King Institute of Preventive Medicine Micro-Biological Section reports 1909-11
Year: 1909
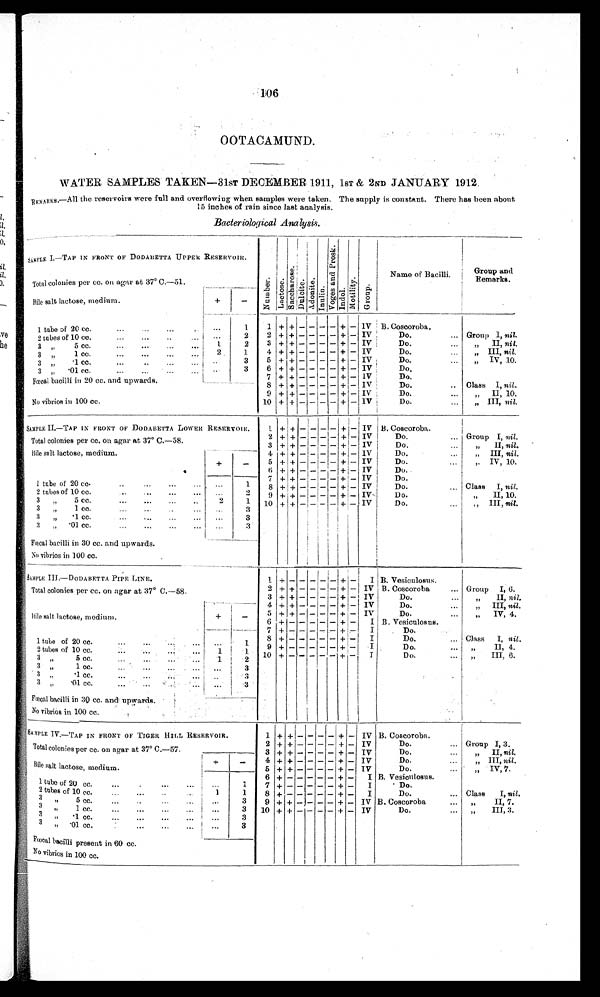
106
OOTACAMUND.
WATER SAMPLES TAKEN—31sT DECEMBER 1911, 1ST & 2ND JANUARY 1912.
REMARKS. —Al l t he r eser voi r s wer e f ul l and over f l owi ng when sampl es wer e t aken. The suppl y i s const ant . Ther e has been about
15 inches of rain since last analysis.
Bacteriological Analysis.
SAMPLE I.—TAP IN FRONT OF DODABETTA UPPER RESERVOIR.
N u m b e r .
L a c t o s e . Sa c c h a r o s e .
Du l c i t e .
A d o n i t e .
I n u l i n .
V o g e s a n d P r o a k .
Indol.
Mot i l i t y.
G r o u p .
Name of Bacilli.
Group and
Remarks.
Total colonies per cc. on agar at 37° C.—51.
Bile salt lactose, medium.
+
-
B. Coscoroba.
1 tube of 20 cc. . . .
. . .
1
1 + + - - - - + - IV
-
- IV
Do. . . .
Group I, nil.
- -
+
. . .
2
2 + + -
2 tubes of 10 co. . . .
3 + + - - - - + - IV
Do. . . .
"
II, nil.
2
1
3 "
5 cc. . . .
" III, nil.
Do. . . .
2
1.
4 + + - - - - + - IV
3 1 cc. . . .
+ + - - - - + - IV
Do. . . .
" IV, 10.
5
" 1
c c .
. . .
. . .
3
6 + + - - - - + - IV
Do,
3
" 3
"
. 0 1
c c . . . .
. . .
7 + + - - - - + - IV
Do.
Fœal bacilli in 20 cc. and upwards.
8 + + - - - - + - IV
Do. . . .
Class I, nil.
9 + + - - - - + - IV
Do. . . .
"
II, 10.
- IV
Do. . . .
" III, nil.
No vibrios in 100 cc.
10 + + - - - - +
1
+
+ - - - - + - IV B. Coscoroba.
SAMPLE II.—TAP IN FRONT OF DODABETTA LOWER RESERVOIR.
- IV
Do. . . .
Group I, nil.
+
Total colonies per cc. on agar at 37° C.—58.
2 + + - - - -
3 + + - - - - + - IV
D o . . . .
" II, nil.
Bile salt lactose, medium.
4 + + - - - - + - IV
Do. . . .
" III, nil.
+
-
5 + + - - - - + - IV
D o . . . .
" IV 10
6 + + - - - - + - IV
Do.
7 + + - - - - + - IV
Do.
1 tube of 20 cc. . . .
. . .
1
8 + + - - - - + - Iv
Do. . . .
Class I, nil.
2 tubes of 10 cc. . . .
. . .
2 9 + + - - - + - IV
Do.
"
II, 10.
3
" 5 cc.
. . .
2
1
1
10 + + - - - - + - IV
Do. . . .
"
III, nil.
3 " 1 cc. . . .
. . .
3
3
"
.1 cc. . . .
. . .
3
3
"
.01 cc. . . .
. . . 3
Fœcal bacilli in 30 cc. and upwards.
No vibrios in 100 cc.
SAMPLE III.—DODABETTA PIPE LINE.
1 + - - - - - +
-
I B. Vesiculosus.
Total colonies per cc. on agar at 37° C.—58.
2 + + - - - - + - IV B. Coscoroba . . . Group I, 6.
3 + + - - - - + - IV
Do. . . . "
II, nil.
Bile salt lactose, medium.
4 + + - - - - + - IV
D o . . . .
" I I I ,
n i l .
.
+
-
5 + + - - - - + - IV
Do. . . . "
IV, 4.
6 + - - - - - + -
I B. Vesiculosus.
7 + - - - - - + -
I
D o . . . .
Class I, nil.
I
Do. . . .
+ -
1 tube of 20 cc. . . .
. . .
1
8 + - - - - -
Do. . . . "
II, 4.
+ - - - - - + -
I
9
1.
2 tubes of 10ccc. . . .
1
D o . . . .
" I I I ,
6 .
10 + - - - - - + -
2
1
3 "
5 cc. . . .
3 " 1 cc. . . .
. . .
3
3 " .1cc. . . .
. . .
3
3 " .01 cc. . . .
. . .
3
Fœcal bacilli in 30 cc. and upwards.
No vibrios in 100 cc.
1 +
+ - - -
- + - IV B. Coscoroba.
SAMPLE IV.—TAP IN FRONT OF TIGER HILL RESERVOIR.
Total colonies per cc. on agar at 37° C.—57.
2 + + - - -
- + - IV
Do. . . .
Group I, 3.
3 + + - - -
- + - IV
Do. . . .
"
II, nil.
4 + + - - -
- + - IV
Do. . . .
" III, nil.
Bile salt lactose, medium.
5 + + - - -
- + - IV
D o . . . .
" IV, 7.
6 + - - - -
- + - I B. Vesiculosus.
1
t u b e o f 2 0 c c . . . .
. . .
1
7 + - - - - - + -
I
Do.
2 t u b e s o f 1 0 c c . . . .
1
1
8 + - - - - - + -
I
Do. . . .
Class
T.,
n i l
.
3 " 5 cc. . . .
. . .
3
9 + + - - - - + - IV B. Coscoroba . . .
"
II, 7.
3 " 1 c c . . . .
. . .
3 10 + + - - - - + - IV
Do. . . .
"
III, 3.
3 " .1 cc. . . .
. . .
3
3 " .01 cc. . . . .
. . . 3
Fœcal bacilli present in 60 cc.
No vibrios in 100 cc.